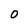
Character: O